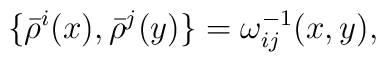
\{\bar\rho ^i(x),\bar\rho ^j(y)\}=\omega _{ij}^{-1}(x,y),